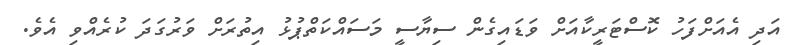
އަދި އެއަށްފަހު ކޮސްޓަރީކާއަށް ވަޑައިގެން ސިޔާސީ މަސައްކަތްޕުޅު އިތުރަށް ވަރުގަދަ ކުރެއްވި އެވެ.